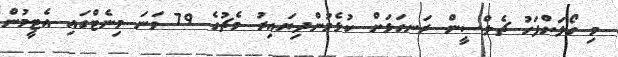
މި ގޯލަށްފަހު ޗެލްސީން ރަނގަޅަށް ކުޅެމުންދިޔައިރު މެޗުގެ 79 ވަނަ މިނެޓްގައި އެޓީމުން